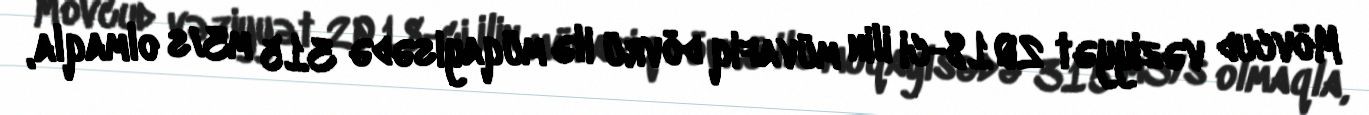
Mövcud vəziyyət 2018-ci ilin müvafiq dövrü ilə müqayisədə 315 m3/s olmaqla,